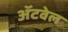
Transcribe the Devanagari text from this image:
अॅटवेल